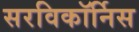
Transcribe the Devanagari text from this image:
सरविकॉर्निस